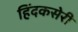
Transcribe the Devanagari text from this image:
हिंदकसेरी